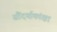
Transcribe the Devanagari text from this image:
सौंदर्याकांक्षा